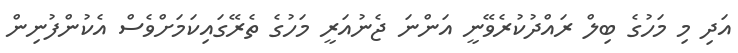
އަދި މި މަހުގެ ބިލް ރައްދުކުރެވޭނީ އަންނަ ޖެނުއަރީ މަހުގެ ތެރޭގައިކަމަށްވެސް އެކުންފުނިން